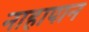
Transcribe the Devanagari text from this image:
नाहापान